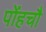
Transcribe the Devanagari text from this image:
पोंहचौ